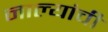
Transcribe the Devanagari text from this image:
नाल्यांची